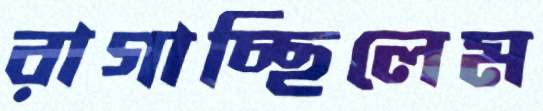
রাগাচ্ছিলেম